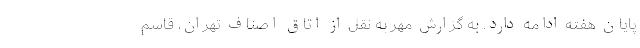
پایان هفته ادامه دارد. به گزارش مهر به نقل از اتاق اصناف تهران، قاسم